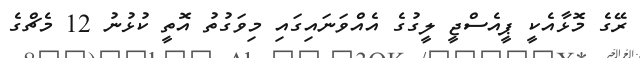
ރޭގެ މޮޅާއެކީ ޕީއެސްޖީ ލީގުގެ އެއްވަނައިގައި މިވަގުތު އޮތީ ކުޅުނު 12 މެޗްގެ